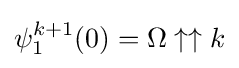
\psi _{1}^{k+1}(0)=\Omega \uparrow \uparrow k